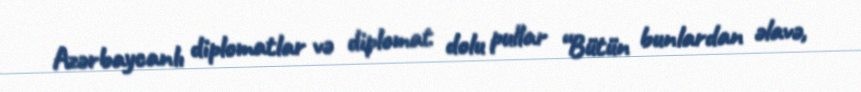
Azərbaycanlı diplomatlar və diplomat dolu pullar “Bütün bunlardan əlavə,